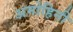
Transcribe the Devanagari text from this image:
अमोहिनी